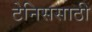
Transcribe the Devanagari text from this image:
टेनिससाठी